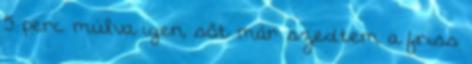
5 perc múlva igen, sőt már szedtem a friss